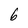
Character: b